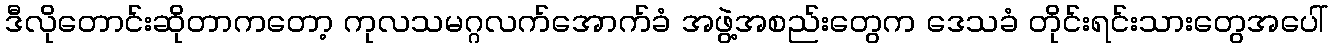
ဒီလိုတောင်းဆိုတာကတော့ ကုလသမဂ္ဂလက်အောက်ခံ အဖွဲ့အစည်းတွေက ဒေသခံ တိုင်းရင်းသားတွေအပေါ်